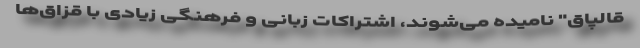
قالپاق" نامیده می‌شوند، اشتراکات زبانی و فرهنگی زیادی با قزاق‌ها